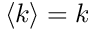
\langle k \rangle = k